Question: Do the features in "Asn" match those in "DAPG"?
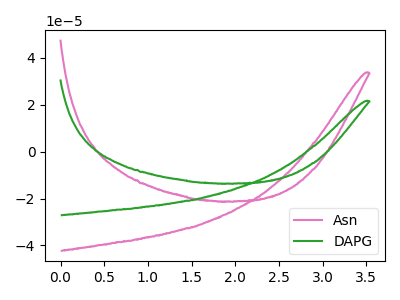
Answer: <think>The pink curve "Asn" has no peaks. The green curve "DAPG" has no peaks.
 Neither "Asn" or "DAPG" have any peaks.</think>
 <answer>"Asn" and "DAPG" are similar in shape.</answer>
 <eval>same_shape</eval>